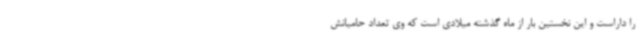
را داراست و این نخستین بار از ماه گذشته میلادی است که وی تعداد حامیانش